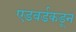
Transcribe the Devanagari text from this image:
एडवर्डकडून